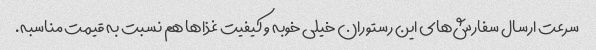
سرعت ارسال سفارش‌های این رستوران خیلی خوبه و کیفیت غذاها هم نسبت به قیمت مناسبه.